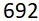
692